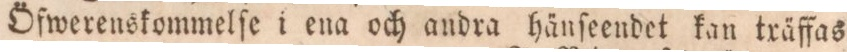
Öfwerenskommelſe i ena och andra hänſeendet kan txäffas